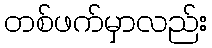
တစ်ဖက်မှာလည်း